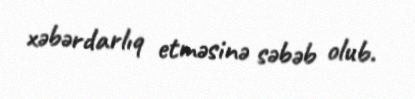
xəbərdarlıq etməsinə səbəb olub.